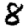
Digit: 8